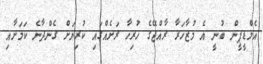
އެމްޑީޕީން ބުނީ އެ މުޒާހަރާ ރާއްޖޭގެ ހުރިހާ ރަށެއްގައި ކުރިޔަށް ގެންދާނެ ކަމަށާއި